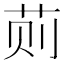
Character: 荝